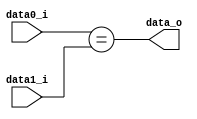
module Equal(
    data0_i,
    data1_i,
    data_o,
);

input   [31:0] data0_i;
input   [31:0] data1_i;
output         data_o;

assign data_o = (data0_i == data1_i);

endmodule